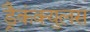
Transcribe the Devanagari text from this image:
ड्रैकंक्युलस